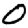
Digit: 0